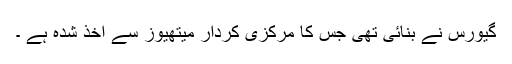
گیورس نے بنائی تھی جس کا مرکزی کردار میتھیوز سے اخذ شدہ ہے ۔